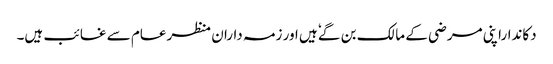
دکانداراپنی مرضی کے مالک بن گےٗ ہیں ا ور زمہ داران منظرعام سے غائب ہیں۔